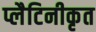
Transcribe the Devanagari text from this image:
प्लैटिनीकृत